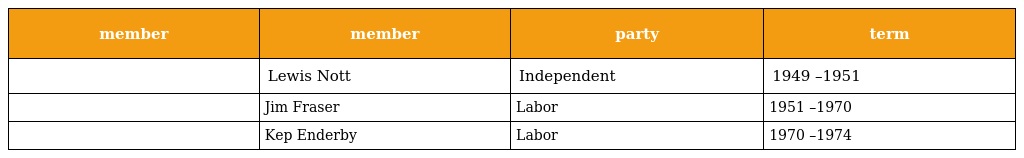
| member | member | party | term |
 | --- | --- | --- | --- |
 |  | Lewis Nott | Independent | 1949 –1951 |
 |  | Jim Fraser | Labor | 1951 –1970 |
 |  | Kep Enderby | Labor | 1970 –1974 |